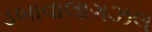
ડબાવાલાગઝલ